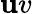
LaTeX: \mathbf{u}v